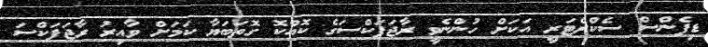
ޑިފެންސް ސެކްރެޓަރީ އަކަށް ހުންނެވީ ރާޖަޕަކްސަގެ ކޮއްކޮ ގޮތަބަޔާ ކަމަށް ވާއިރު ރާޖަޕަކްސަ